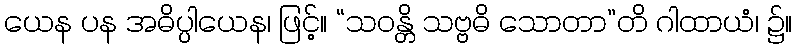
ယေန ပန အဓိပ္ပါယေန၊ ဖြင့်။ “သဝန္တိ သဗ္ဗဓိ သောတာ”တိ ဂါထာယံ၊ ၌။